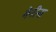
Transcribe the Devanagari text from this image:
मेनीना